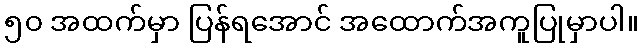
၅၀ အထက်မှာ ပြန်ရအောင် အထောက်အကူပြုမှာပါ။